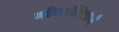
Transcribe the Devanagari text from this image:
मोनालिसाने